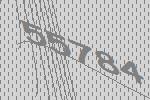
55784